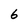
Character: 6